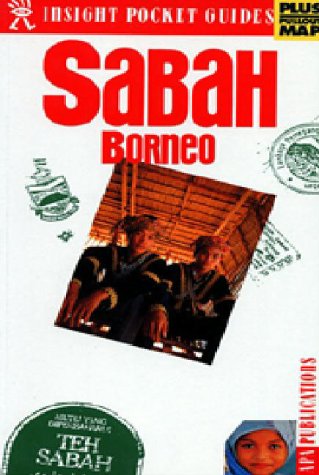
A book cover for Sabah and Borneo (Insight Pocket Guide Sabah & Borneo); Insight Guides; Travel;